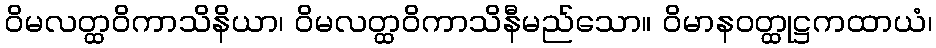
ဝိမလတ္ထဝိကာသိနိယာ၊ ဝိမလတ္ထဝိကာသိနီမည်သော။ ဝိမာနဝတ္ထုဋ္ဌကထာယံ၊